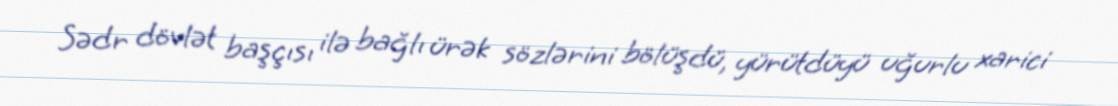
Sədr dövlət başçısı ilə bağlı ürək sözlərini bölüşdü, yürütdüyü uğurlu xarici